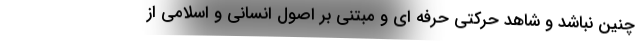
چنین نباشد و شاهد حرکتی حرفه ای و مبتنی بر اصول انسانی و اسلامی از